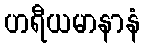
ဟရီယမာနာနံ